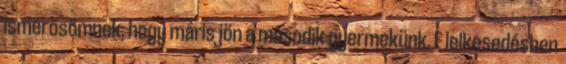
ismerõsömnek, hogy máris jön a második gyermekünk. E lelkesedésben